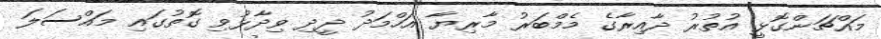
މައްޗަންގޮޅީ އުތުރު ދާއިރާގެ މެމްބަރު މާރިޔާ އަހްމަދު ދީދި ވިދާޅުވި ގޮތުގައި މައްސަލަ